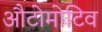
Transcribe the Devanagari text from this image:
औटोमोटिव